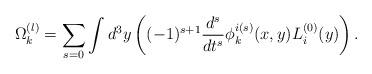
LaTeX: \begin{align*}\Omega^{(l)}_k=\sum_{s=0} \int d^3y \left((-1)^{s+1} \frac{d^s}{dt^s}\phi^{i(s)}_k(x,y)L^{(0)}_i(y)\right).\end{align*}